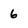
Character: 6